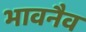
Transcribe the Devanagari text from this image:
भावनैव